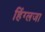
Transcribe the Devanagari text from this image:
हिंग्लजा